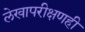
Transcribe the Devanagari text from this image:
लेखापरीक्षणही